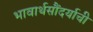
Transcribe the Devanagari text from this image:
भावार्थसौंदर्याची